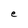
Character: e